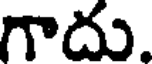
గాదు.